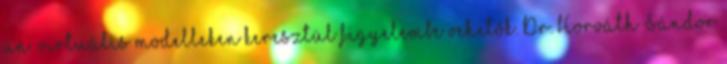
ún. virtuális modelleken keresztül figyelembe vehetõk. Dr. Horváth Sándor